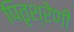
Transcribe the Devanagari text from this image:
पितृश्रेणी